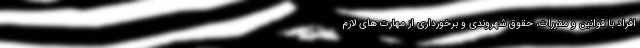
افراد با قوانین و مقررات، حقوق شهروندی و برخورداری از مهارت های لازم